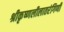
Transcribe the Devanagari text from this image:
श्रीकृष्णलीलातरंगिणी